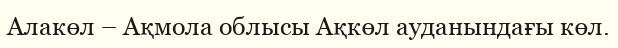
Алакөл – Ақмола облысы Ақкөл ауданындағы көл.